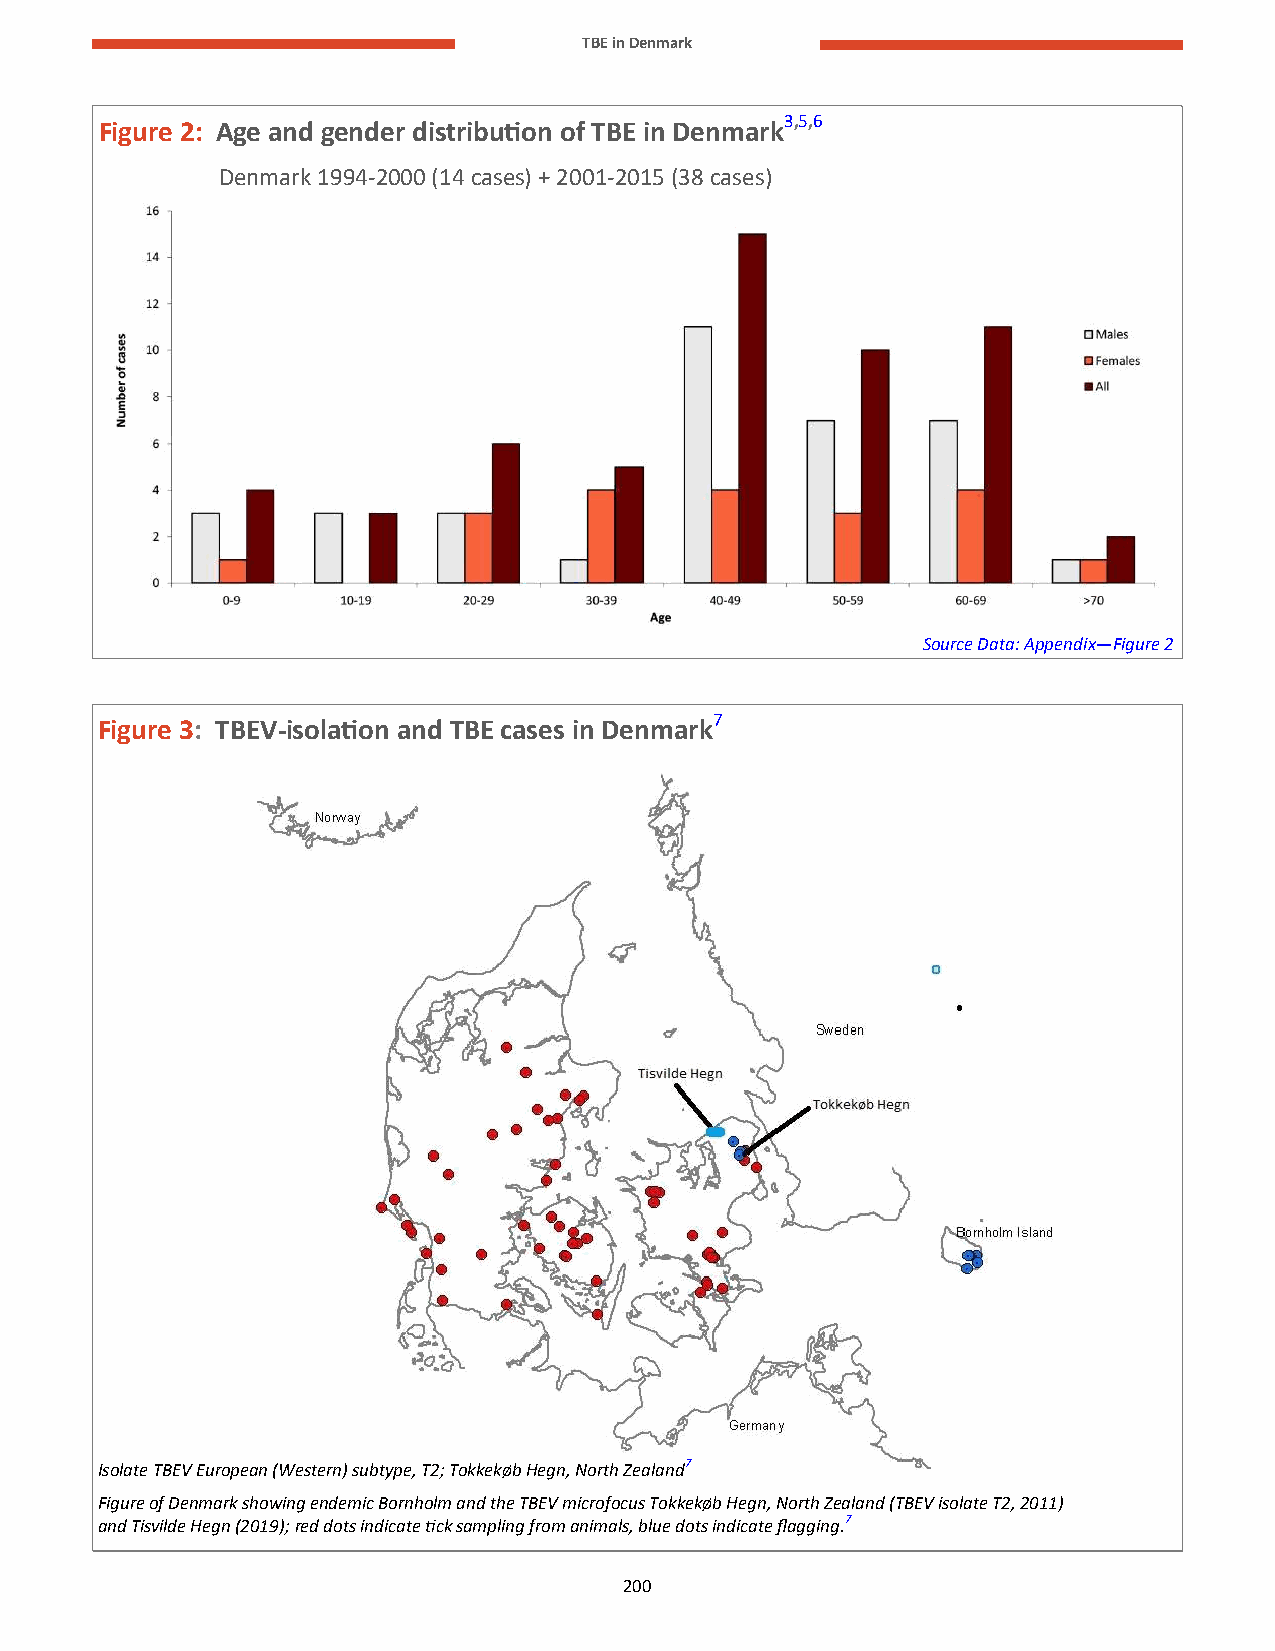
TBE in Denmark
 Figure 2: Age and gender distribution of TBE in Denmark3,5,6
 Denmark 1994-2000 (14 cases) + 2001-2015 (38 cases)
 Source Data: Appendix—Figure 2
 Figure 3: TBEV-isolation and TBE cases in Denmark7
 Isolate TBEV European (Western) subtype, T2; Tokkekøb Hegn, North Zealand7
 Figure of Denmark showing endemic Bornholm and the TBEV microfocus Tokkekøb Hegn, North Zealand (TBEV isolate T2, 2011)
 and Tisvilde Hegn (2019); red dots indicate tick sampling from animals, blue dots indicate flagging.7
 200